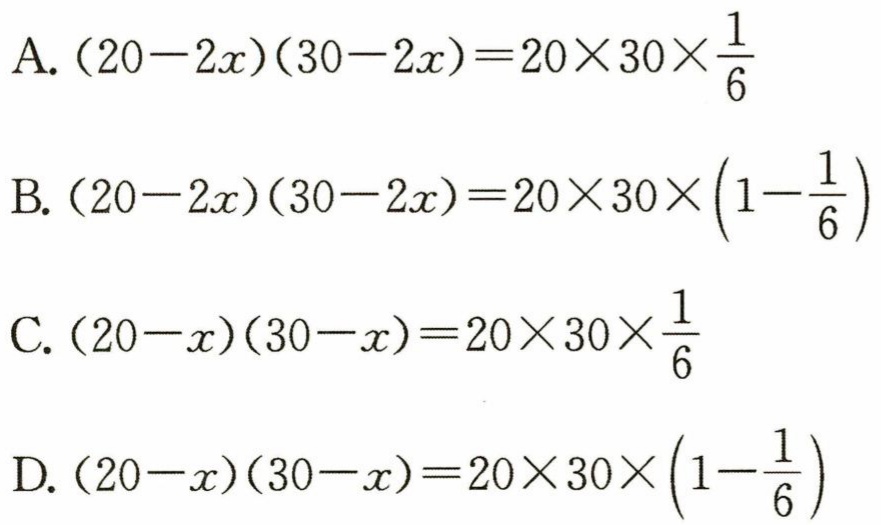
A. \((20 - 2x)(30 - 2x)=20\times30\times\frac{1}{6}\)
B. \((20 - 2x)(30 - 2x)=20\times30\times(1 - \frac{1}{6})\)
C. \((20 - x)(30 - x)=20\times30\times\frac{1}{6}\)
D. \((20 - x)(30 - x)=20\times30\times(1 - \frac{1}{6})\)